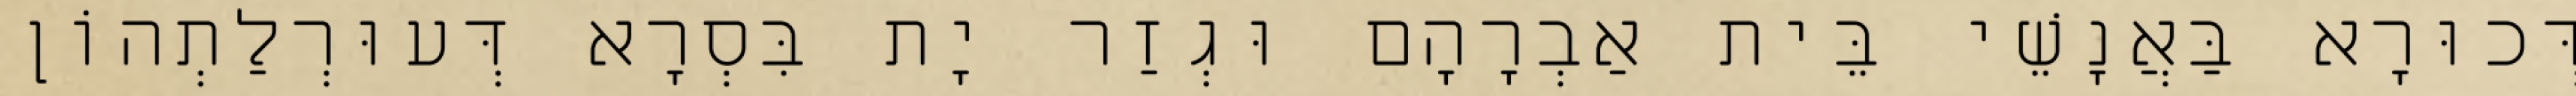
דְּכוּרָא בַּאֲנָשֵׁי בֵּית אַבְרָהָם וּגְזַר יָת בִּסְרָא דְּעוּרְלַתְהוֹן